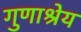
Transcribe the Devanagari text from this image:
गुणाश्रेय